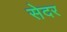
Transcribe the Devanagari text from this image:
सेदर